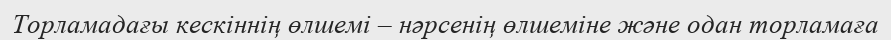
Торламадағы кескіннің өлшемі – нәрсенің өлшеміне және одан торламаға